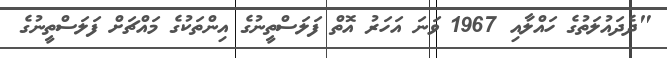
"ދެދައުލަތުގެ ހައްލާއި 1967 ވަނަ އަހަރު އޮތް ފަލަސްތީނުގެ އިންތަކުގެ މައްޗަށް ފަލަސްތީނުގެ